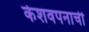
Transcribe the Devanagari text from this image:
केशवपनाची